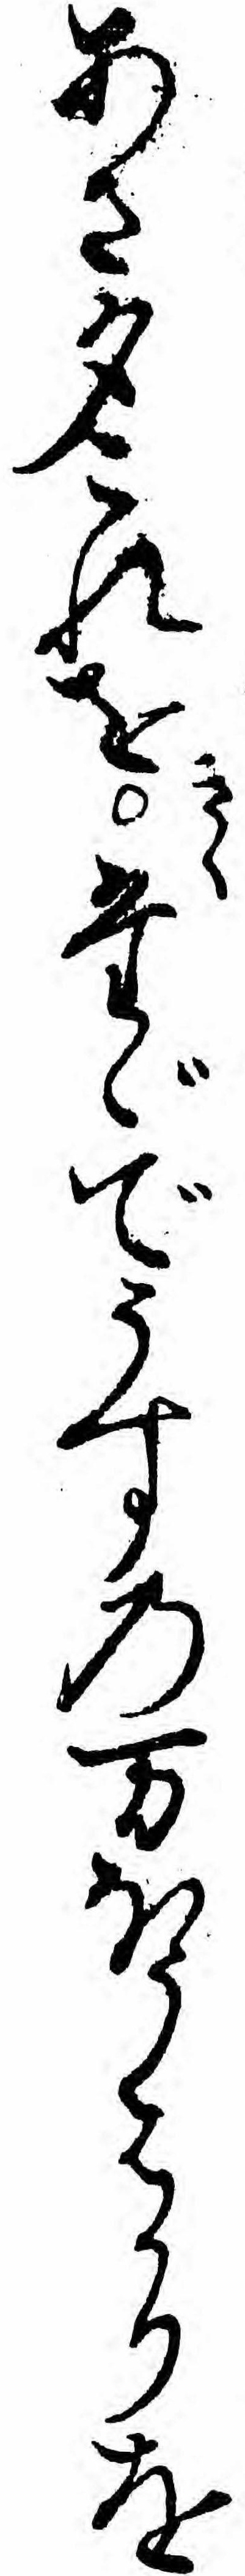
あさ夕これをきくたゞでうすの万ほうはかりを